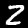
Digit: 2